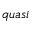
q u a s i